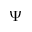
\Psi